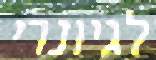
לגיונרי